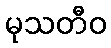
မုသတီဝ